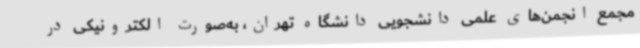
مجمع انجمن‌های علمی دانشجویی دانشگاه تهران، به‌صورت الکترونیکی در